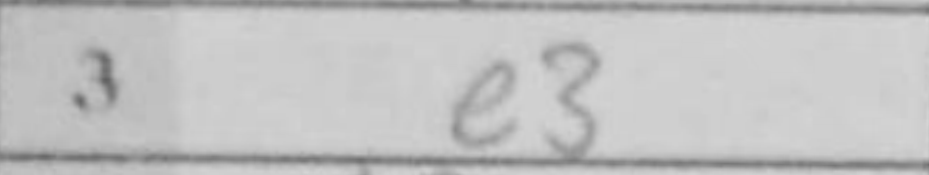
Transcription: e3